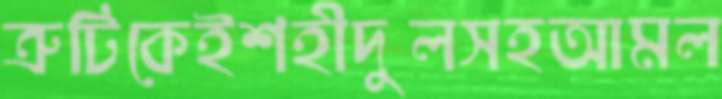
ত্রুটিকেইশহীদুলসহআমল